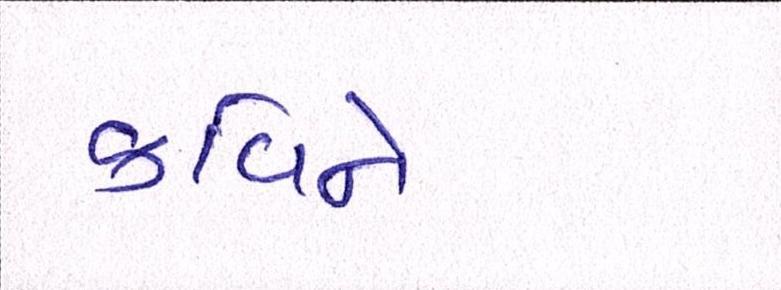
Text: કવિને